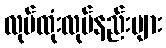
လုပ်ထုံးလုပ်နည်းများ